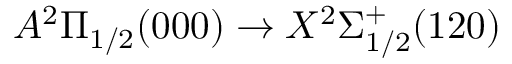
A ^ { 2 } \Pi _ { 1 / 2 } ( 0 0 0 ) \rightarrow X ^ { 2 } \Sigma _ { 1 / 2 } ^ { + } ( 1 2 0 )